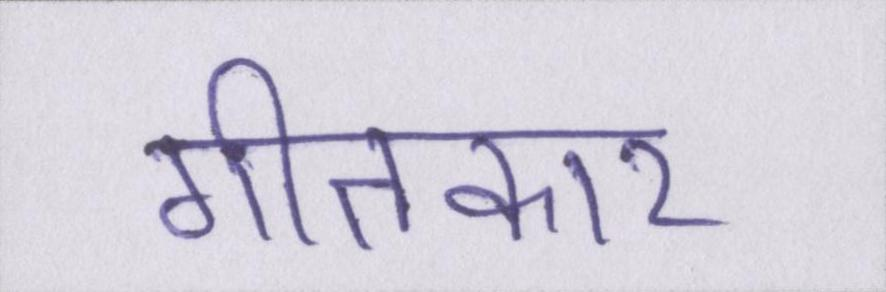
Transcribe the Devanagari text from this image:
गीतकार